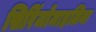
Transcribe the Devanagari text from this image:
सिरिंजोमाइलिया